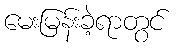
မေးမြန်းခဲ့ရာတွင်